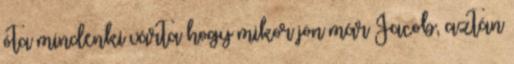
óta mindenki várta hogy mikor jön már Jacob, aztán